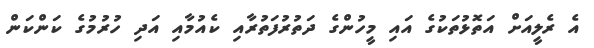
އެ ރެލީއަށް އަތޮޅުތަކުގެ އައި މީހުންގެ ދަތުރުފަތުރާއި ކެއުމާއި އަދި ހުރުމުގެ ކަންކަން